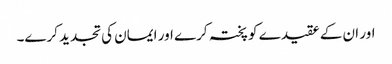
اور ان کے عقیدے کو پختہ کرے اور ایمان کی تجدید کرے۔